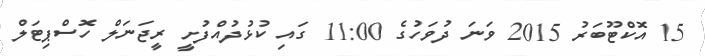
15 އޮކްޓޫބަރު 2015 ވަނަ ދުވަހުގެ 11:00 ގައި ކުޅުދުއްފުށީ ރީޖަނަލް ހޮސްޕިޓަލް